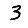
Digit: 3